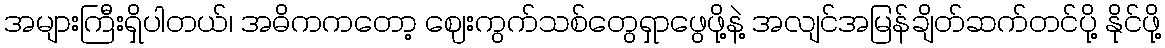
အများကြီးရှိပါတယ်၊ အဓိကကတော့ ဈေးကွက်သစ်တွေရှာဖွေဖို့နဲ့ အလျင်အမြန်ချိတ်ဆက်တင်ပို့ နိုင်ဖို့